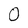
Character: 0